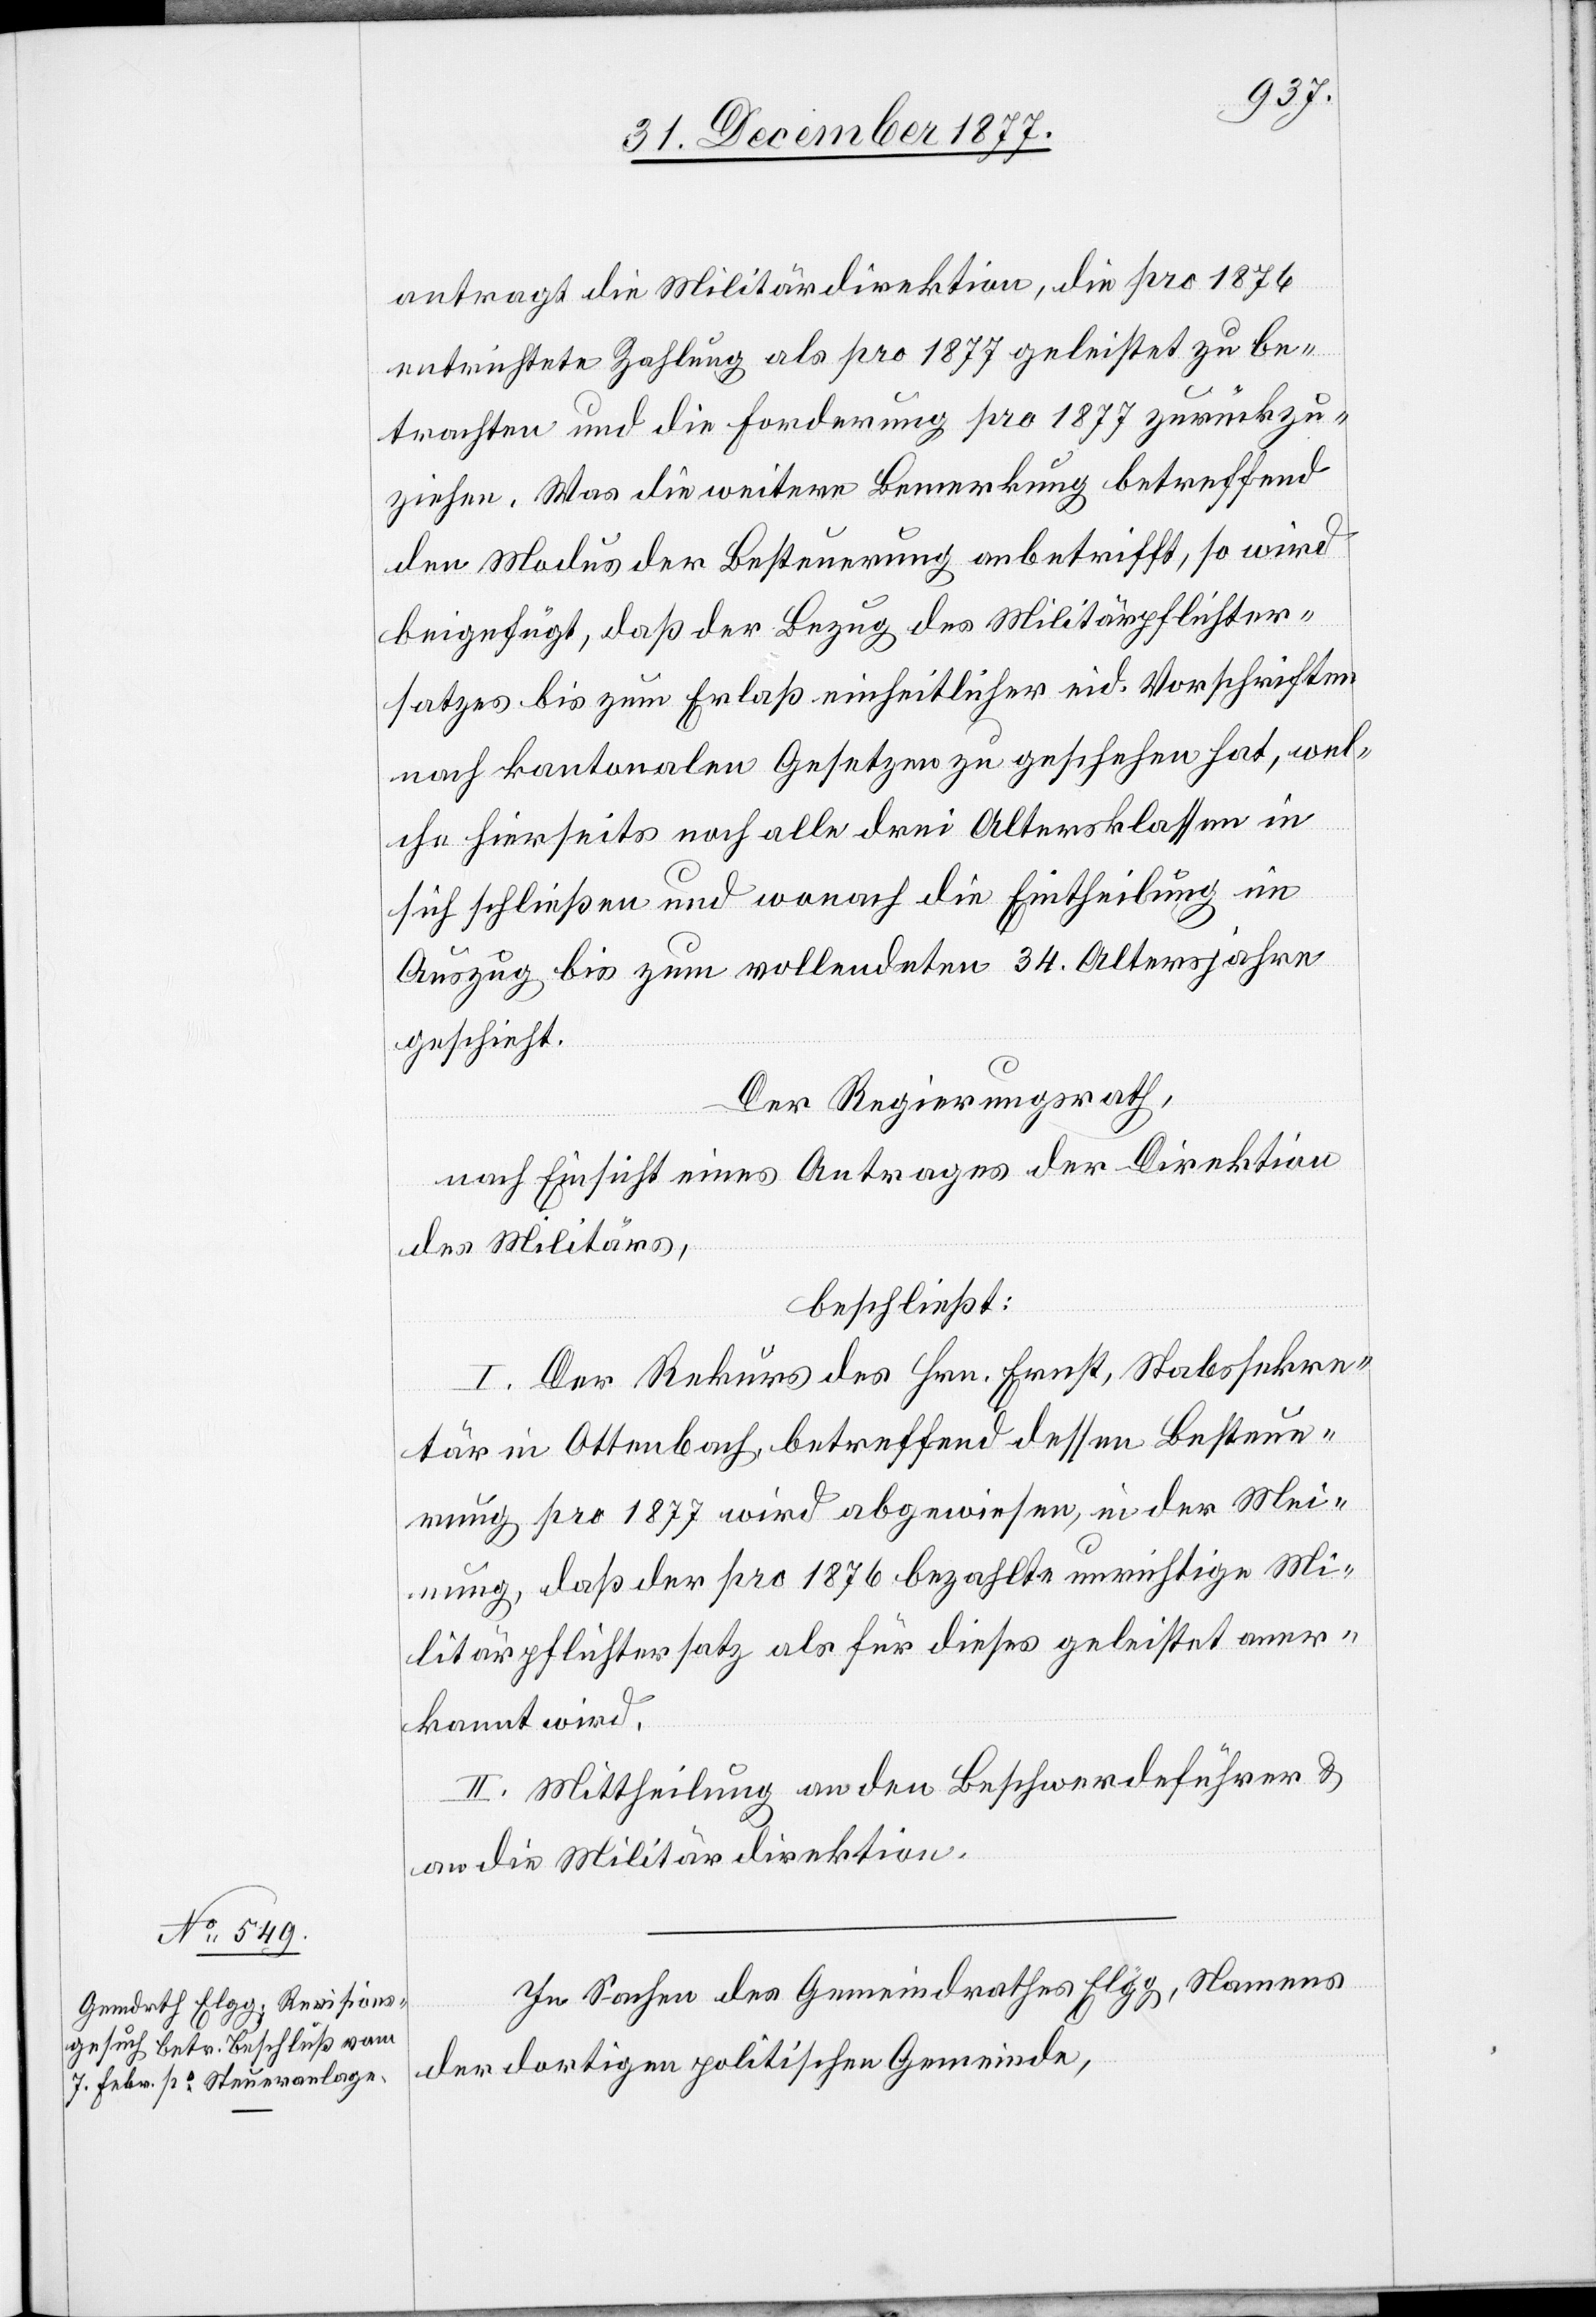
In Sachen des Gemeindrathes Elgg, Namens
der dortigen politischen Gemeinde,